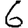
Digit: 6